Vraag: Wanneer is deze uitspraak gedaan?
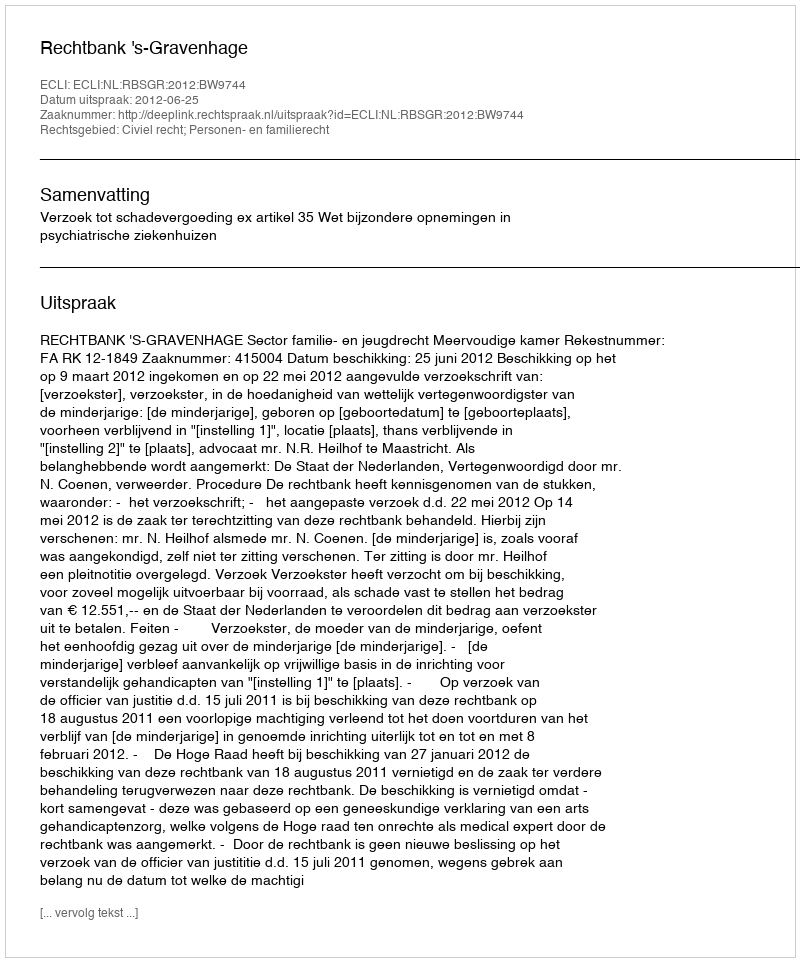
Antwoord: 2012-06-25